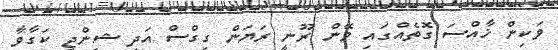
ވަކިން ޚާއްސަ ގޮތެއްގައި ވޭން ރޫނީ ރަޔަން ގިގްސް އަދި ޝިންޖީ ކަގާވާ